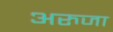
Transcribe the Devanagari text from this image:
अरुजा